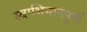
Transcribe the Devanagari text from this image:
स्वाभिमानपूर्ण